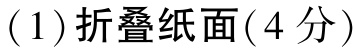
(1) 折叠纸面(4 分)